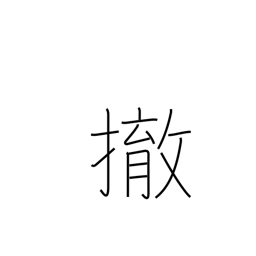
Meaning: disarm